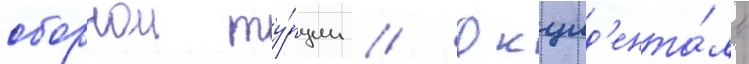
сборнои ту́рции // Окцид'ента́ль